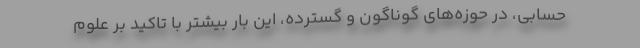
حسابی، در حوزه‌های گوناگون و گسترده، این بار بیشتر با تاکید بر علوم